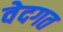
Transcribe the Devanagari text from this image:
वेदगत